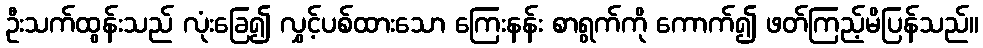
ဦးသက်ထွန်းသည် လုံးခြေ၍ လွှင့်ပစ်ထားသော ကြေးနန်း စာရွက်ကို ကောက်၍ ဖတ်ကြည့်မိပြန်သည်။